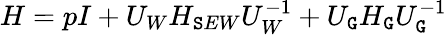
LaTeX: H=pI+U_{W}H_{\mathtt{S}EW}U_{W}^{-1}+U_{\mathtt{G}}H_{\mathtt{G}}U_{\mathtt{G}}^{-1}